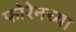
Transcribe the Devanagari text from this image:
फोरेनच्या